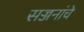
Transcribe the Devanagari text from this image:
सज्जनांचे